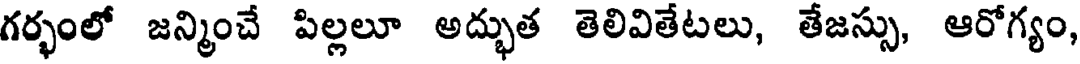
గర్భంలో జన్మించే పిల్లలూ అద్భుత తెలివితేటలు, తేజస్సు, ఆరోగ్యం,